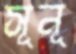
সূনূ